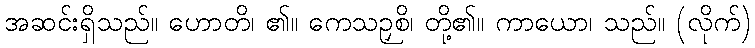
အဆင်းရှိသည်။ ဟောတိ၊ ၏။ ကေသဉှစိ၊ တို့၏။ ကာယော၊ သည်။ (လိုက်)